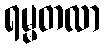
ရမ္မတလာ